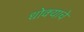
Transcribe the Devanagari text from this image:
धोक्‍याचे